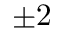
\pm 2